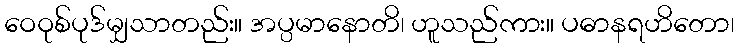
ဝေဝုစ်ပုဒ်မျှသာတည်း။ အပ္ပမာနောတိ၊ ဟူသည်ကား။ ပဓာနရဟိတော၊